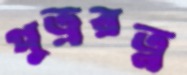
পুত্ররত্ন